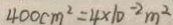
4 0 0 c m ^ { 2 } = 4 \times 1 0 ^ { - 2 } m ^ { 2 }